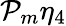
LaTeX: \mathcal{P}_{m}\eta_{4}